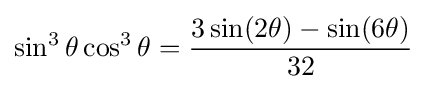
\sin ^{3}\theta \cos ^{3}\theta ={\frac {3\sin(2\theta )-\sin(6\theta )}{32}}